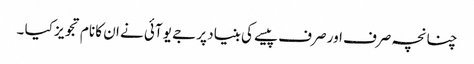
چنانچہ صرف اور صرف پیسے کی بنیاد پر جے یو آئی نے ان کا نام تجویز کیا ۔